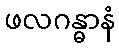
ဖလဂန္ဓာနံ